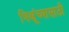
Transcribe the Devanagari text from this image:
भिक्षूंच्यासाठी